Report on vaccination North-West Frontier Province 1904-1922 - 1904-1922
Year: 1904
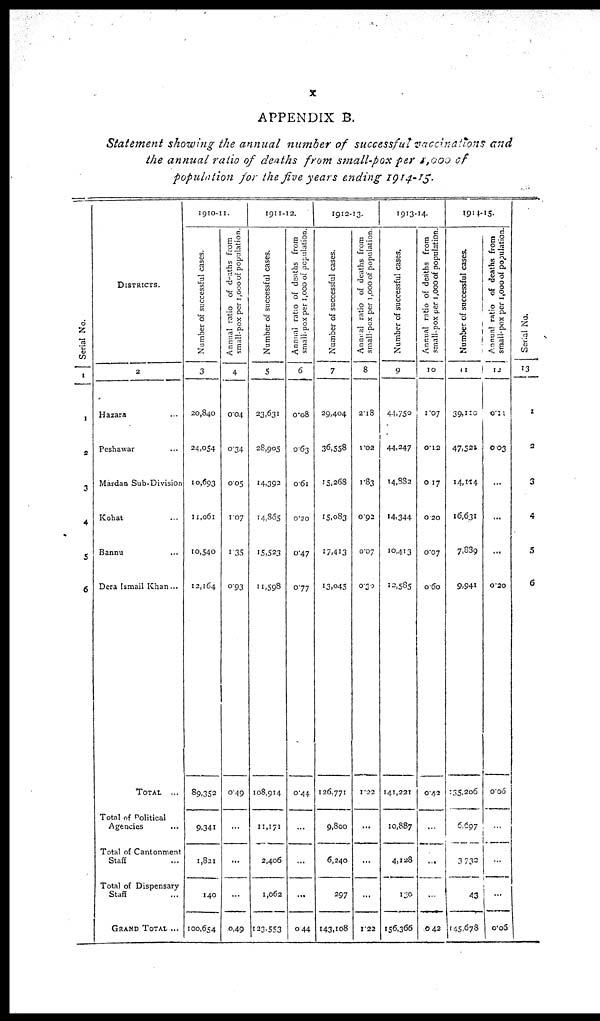
X
APPENDIX B.
Statement showing the annual number of successful vaccinations and
the annual ratio of deaths from small-pox per 1,000 of
population for the five years ending 1914-15.
Serial No.
1
1
2
3
4
5
6
DISTRICTS.
2
Hazara ...
Peshawar ...
Mardan Sub-Division
Kohat ...
Bannu ...
Dera Ismail Khan...
TOTAL
...
Total of Political
Agencies ...
Total of Cantonment
Staff ...
Total of Dispensary
Staff ...
GRAND TOTAL ...
1910-11.
Number of successful cases.
3
20,840
24,054
10,693
11,061
10,540
12,164
89,352
9,341
1,821
140
100,654
Annual ratio of deaths from
small-pox per 1,000 of population.
4
0.04
0.34
0.05
1.07
1.35
0.93
0.49
...
...
...
0.49
1911-12.
Number of successful cases.
5
23,631
28,905
14,392
14,865
15,523
11,598
108,914
11,171
2,406
1,062
123,553
Annual ratio of deaths from
small-pox per 1,000 of population.
6
0.08
0.63
0.61
0.20
0.47
0.77
0.44
...
...
...
0.44
1912-13.
Number of successful cases.
7
29,404
36,558
15,268
15,083
17,413
13,045
126,771
9,800
6,240
297
143,108
Annual ratio of deaths from
small-pox per 1,000 of population.
8
2.18
1.02
1.83
0.92
0.07
0.30
1.22
...
...
...
1.22
1913-14.
Number of successful cases.
9
44,750
44,247
14,832
14,344
10,413
12,585
141,221
10,887
4,128
130
156,366
Annual ratio of deaths from
small-pox per 1,000 of population.
10
1.07
0.12
0.17
0.20
0.07
0.60
0.42
...
...
...
0.42
1914-15.
Number of successful cases.
11
39,110
47,521
14,114
16,631
7,889
9,941
135,206
6,607
3,732
43
145,678
Annual ratio of deaths from
small-pox per 1,000 of population.
12
0.11
0.03
...
...
...
0.20
0.06
...
...
...
0.06
Serial No.
13
1
2
3
4
5
6